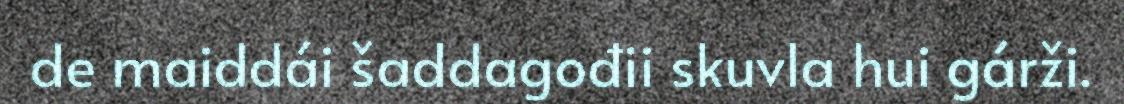
de maiddái šaddagođii skuvla hui gárži.